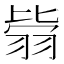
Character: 𦐳